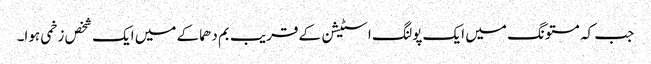
جب کہ مستونگ میں ایک پولنگ اسٹیشن کے قریب بم دھماکے میں ایک شخص زخمی ہوا۔